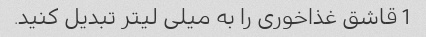
1 قاشق غذاخوری را به میلی لیتر تبدیل کنید.